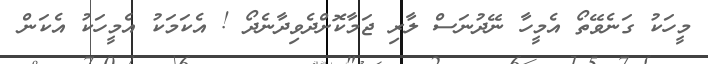
މީހަކު ގަނެވޭތޯ އެމީހާ ނޭދުނަސް ލާރި ޖަމާކޮށްދެވިދާނެދޯ ! އެކަމަކު އެމީހަކު އެކަން